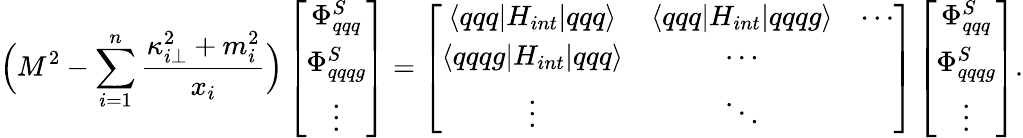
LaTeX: \Big(M^{2}-\sum_{i=1}^{n}{\frac{\kappa_{i\bot}^{2}+m_{i}^{2}}{x_{i}}}\Big)\left[\begin{array}{c}{{\Phi_{qqq}^{S}}}\\ {{\Phi_{qqqg}^{S}}}\\ {{\vdots}}\end{array}\right]=\left[\begin{array}{ccc}{{\langle qqq|H_{int}|qqq\rangle}}&{{\langle qqq|H_{int}|qqqg\rangle}}&{{\cdots}}\\ {{\langle qqqg|H_{int}|qqq\rangle}}&{{\cdots}}&{{~~}}\\ {{\vdots}}&{{\ddots}}&{{~~}}\end{array}\right]\left[\begin{array}{c}{{\Phi_{qqq}^{S}}}\\ {{\Phi_{qqqg}^{S}}}\\ {{\vdots}}\end{array}\right].